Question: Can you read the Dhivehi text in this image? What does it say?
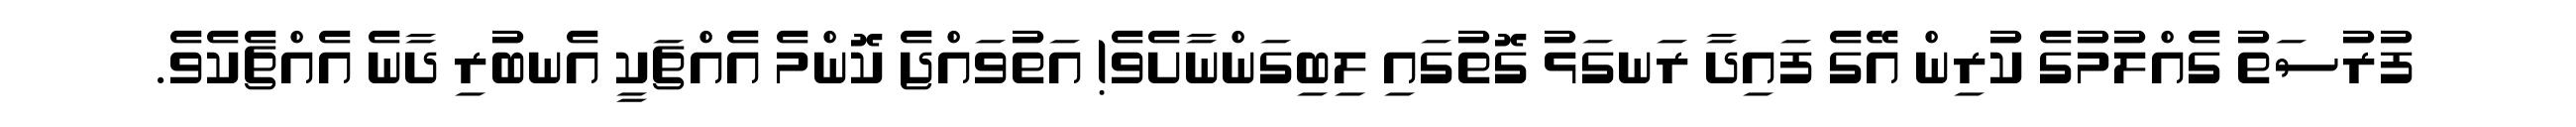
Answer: ފުރުސަތު ގެއްލުމުގެ ކުރިން އޭގެ ފައިދާ ރަނގަޅު ގޮތުގައި ލިބިގަންނާށެވެ! އަތުވައްޖެ ކޮންމެ އެއްޗަކީ އެނބުރި ދާނެ އެއްޗެކެވެ.